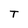
Character: T